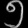
Digit: ၅